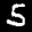
Digit: 5